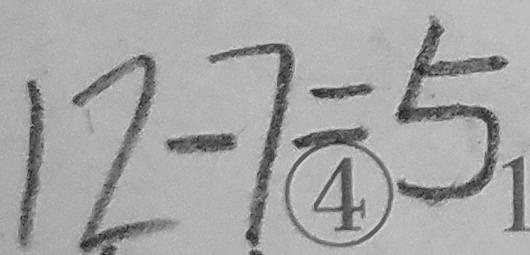
1 2 - 7 = 5